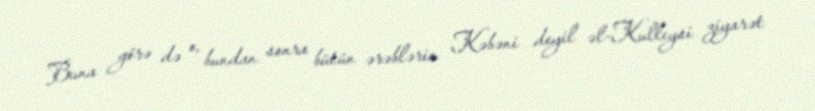
Buna görə də o, bundan sonra bütün ərəblərin Kəbəni deyil əl-Kulleysi ziyarət